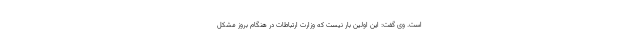
است. وی گفت: این اولین بار نیست که وزارت ارتباطات در هنگام بروز مشکل